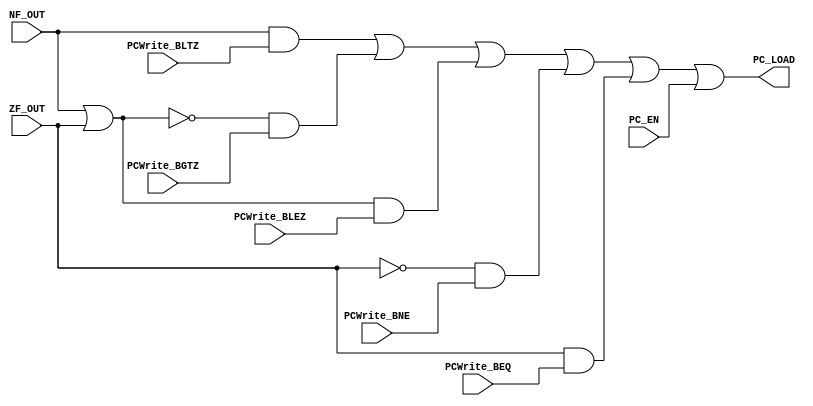
module Combinational_Block(
input	wire	NF_OUT,ZF_OUT,
input	wire	PCWrite_BLTZ,PCWrite_BGTZ,PCWrite_BLEZ,PCWrite_BNE,PCWrite_BEQ,
input	wire	PC_EN,
output	wire	PC_LOAD
);

wire w1,w2,w3,w4,w5,w6;

assign w1= NF_OUT & PCWrite_BLTZ;
assign w2= NF_OUT | ZF_OUT;
assign w3= (~w2) & PCWrite_BGTZ;
assign w4= w2 & PCWrite_BLEZ;
assign w5= (~ZF_OUT) & PCWrite_BNE;
assign w6= ZF_OUT & PCWrite_BEQ;

assign PC_LOAD = w1 | w3 | w4 | w5 | w6 | PC_EN;

endmodule